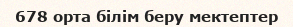
678 орта білім беру мектептер